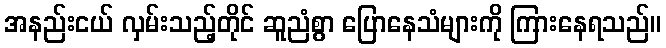
အနည်းငယ် လှမ်းသည့်တိုင် ဆူညံစွာ ပြောနေသံများကို ကြားနေရသည်။